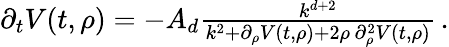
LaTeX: \begin{array}{r}{\partial_{t}V(t,\rho)=-A_{d}\frac{k^{d+2}}{k^{2}+\partial_{\rho}V(t,\rho)+2\rho\, \partial_{\rho}^{2}V(t,\rho)}\, .}\end{array}